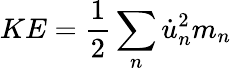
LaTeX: KE=\frac{1}{2}\sum_{n}\dot{u}_{n}^{2}m_{n}